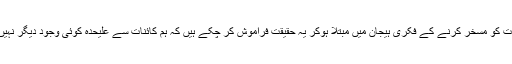
ہم کئی ہزار سال سے کائنات کو مسخر کرنے کے فکری ہیجان میں مبتلا ہوکر یہ حقیقت فراموش کر چکے ہیں کہ ہم کائنات سے علیحدہ کوئی وجود دیگر نہیں بلکہ کائنات کا حصہ ہیں۔